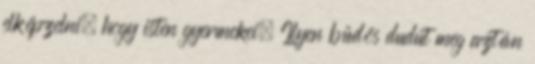
elképzelni, hogy isten gyermekei. Ilyen büdös dudut meg aztán